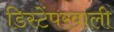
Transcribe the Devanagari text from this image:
डिस्टेंपरवाली